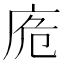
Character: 𢈌